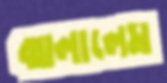
ঝালালেম